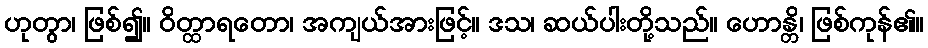
ဟုတွာ၊ ဖြစ်၍။ ဝိတ္ထာရတော၊ အကျယ်အားဖြင့်။ ဒသ၊ ဆယ်ပါးတို့သည်။ ဟောန္တိ၊ ဖြစ်ကုန်၏။